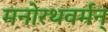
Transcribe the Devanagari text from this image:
मनोरथवर्मन्